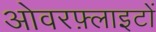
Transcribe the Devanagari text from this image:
ओवरफ़्लाइटों